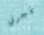
تهجرني